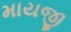
માયજી